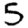
Digit: 5